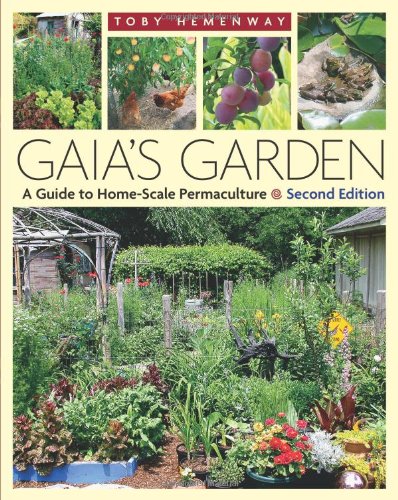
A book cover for Gaia's Garden: A Guide to Home-Scale Permaculture, 2nd Edition; Toby Hemenway; Crafts, Hobbies & Home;